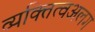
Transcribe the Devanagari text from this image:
व्यक्तित्वअलग